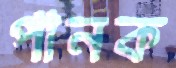
পানক